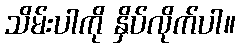
သိမ်းပါကို နှိပ်လိုက်ပါ။